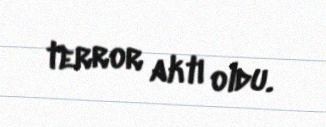
terror aktı oldu.